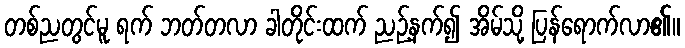
တစ်ညတွင်မူ ရက် ဘတ်တလာ ခါတိုင်းထက် ညဉ့်နက်၍ အိမ်သို့ ပြန်ရောက်လာ၏။